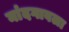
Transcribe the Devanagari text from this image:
नांदगावला